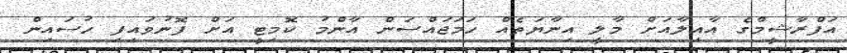
އަފްރާޝީމްގެ އާއިލާއަށް މާލީ އިނާޔަތެއް ހަމަޖައްސަން އާންމު ކޮމިޓީ އަށް ފޮނުވައިފި ހުސައިން